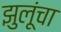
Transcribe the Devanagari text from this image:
झुलूंचा